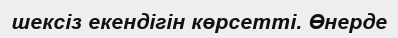
шексіз екендігін көрсетті. Өнерде